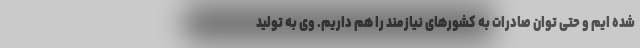
شده ایم و حتی توان صادرات به کشور‌های نیازمند را هم داریم. وی به تولید